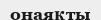
онаяқты